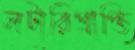
লটারিপ্রাপ্তি